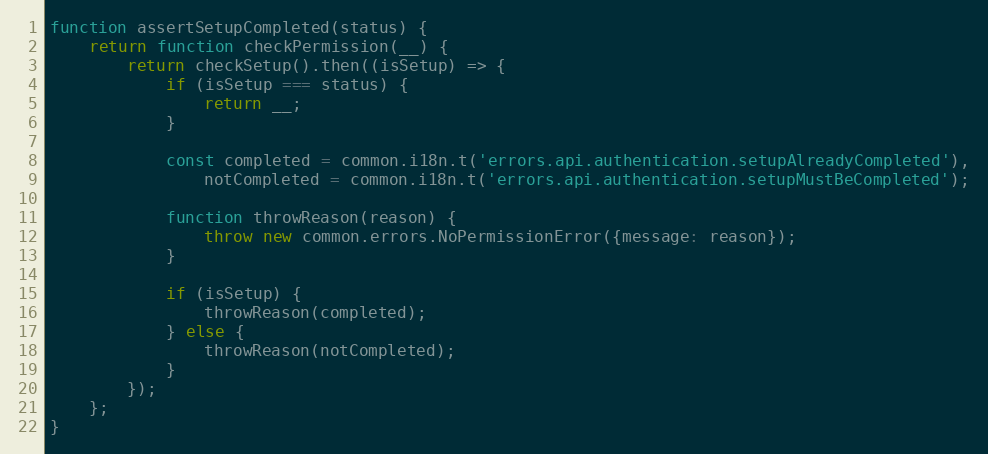
Language: JavaScript
function assertSetupCompleted(status) {
    return function checkPermission(__) {
        return checkSetup().then((isSetup) => {
            if (isSetup === status) {
                return __;
            }

            const completed = common.i18n.t('errors.api.authentication.setupAlreadyCompleted'),
                notCompleted = common.i18n.t('errors.api.authentication.setupMustBeCompleted');

            function throwReason(reason) {
                throw new common.errors.NoPermissionError({message: reason});
            }

            if (isSetup) {
                throwReason(completed);
            } else {
                throwReason(notCompleted);
            }
        });
    };
}